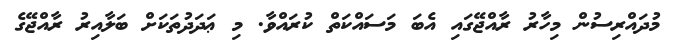
މުދައްރިސުން މިހާރު ރާއްޖޭގައި އެބަ މަސައްކަތް ކުރައްވާ. މި ޢަދަދުތަކަށް ބަލާއިރު ރާއްޖޭގެ